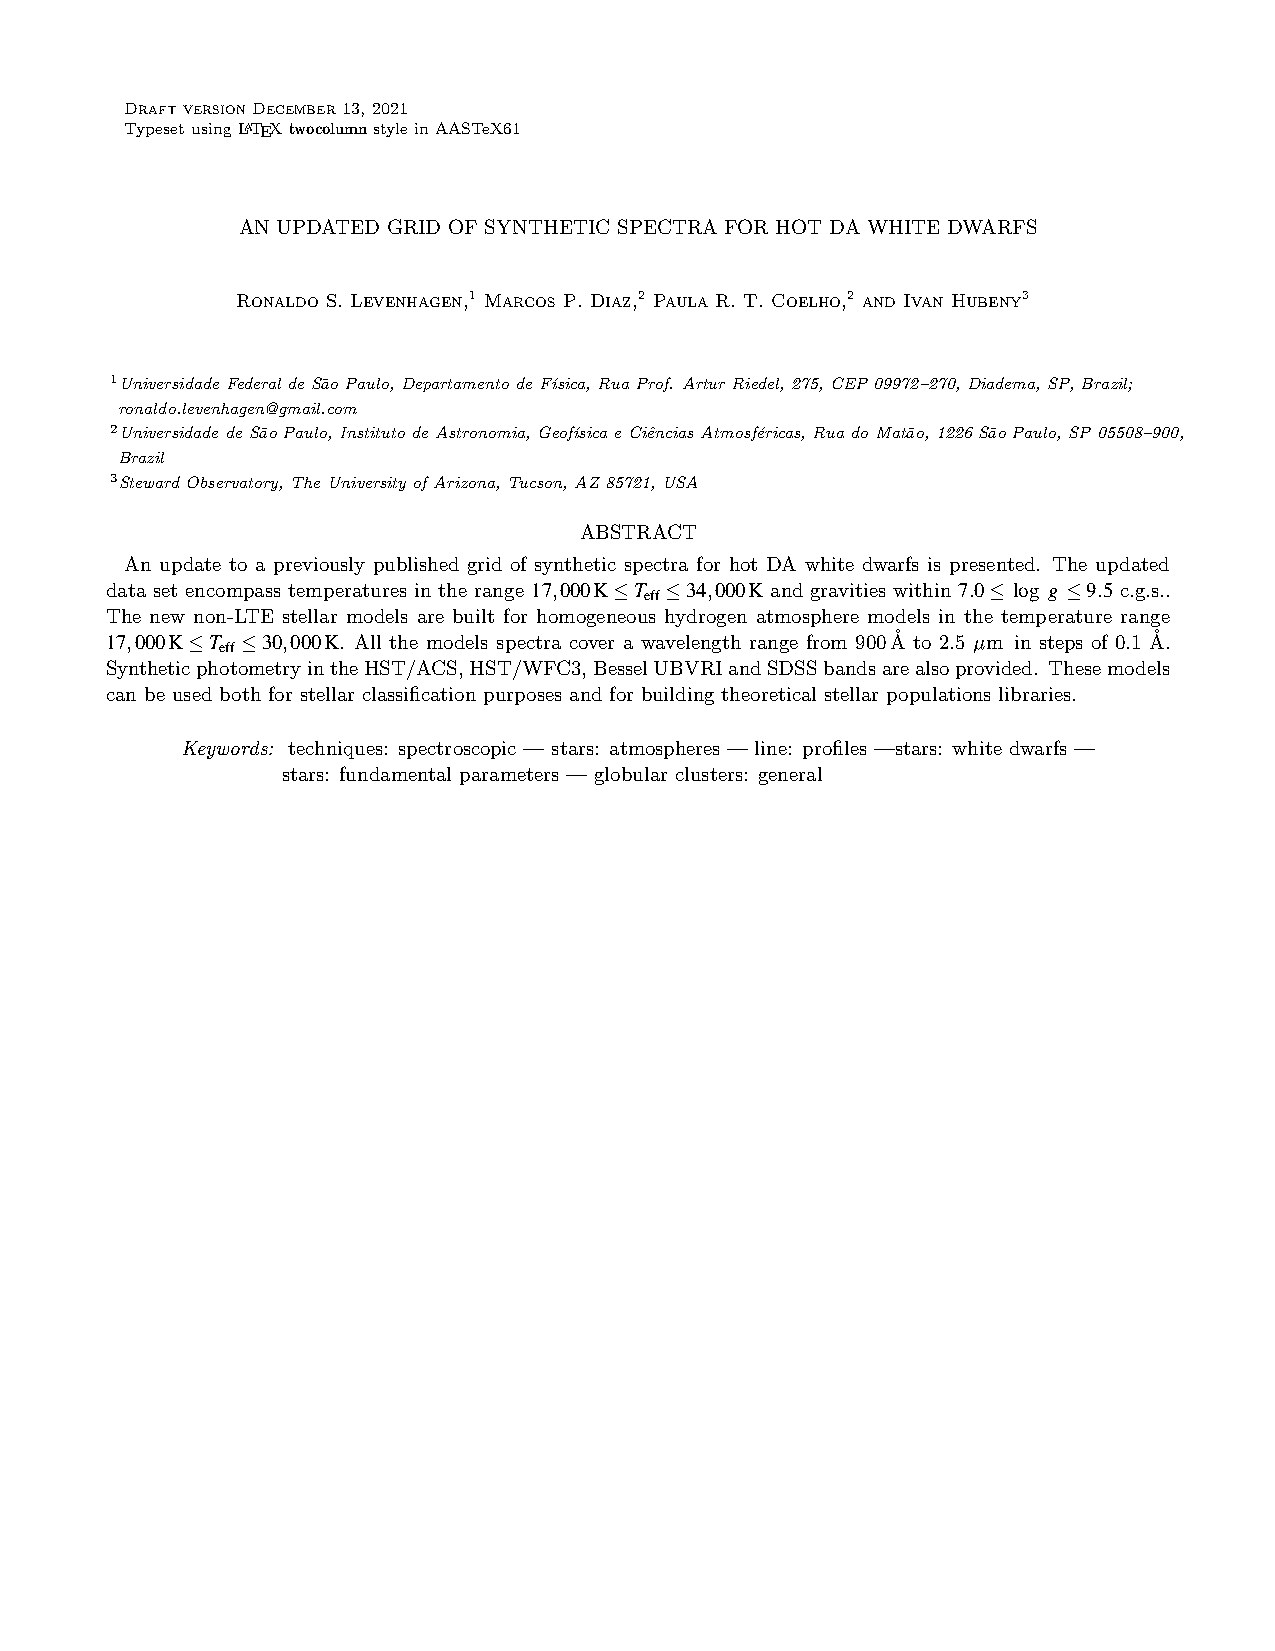
Draft versionDecember 13, 2021
 TypesetusingLATEXtwocolumnstyleinAASTeX61
 AN UPDATED GRID OF SYNTHETIC SPECTRA FOR HOT DA WHITE DWARFS
 Ronaldo S. Levenhagen,1 Marcos P. Diaz,2 Paula R. T. Coelho,2 and Ivan Hubeny3
 1Universidade Federal de Sa˜o Paulo, Departamento de F´ısica, Rua Prof. Artur Riedel, 275, CEP 09972–270, Diadema, SP, Brazil;
 ronaldo.levenhagen@gmail.com
 2Universidade de Sa˜o Paulo, Instituto de Astronomia, Geof´ısica e Ciˆencias Atmosf´ericas, Rua do Mata˜o, 1226 Sa˜o Paulo, SP 05508–900,
 Brazil
 3Steward Observatory, The University of Arizona, Tucson, AZ 85721, USA
 ABSTRACT
 An update to a previously published grid of synthetic spectra for hot DA white dwarfs is presented. The updated
 data set encompass temperatures in the range 17,000K≤T ≤34,000K and gravities within 7.0≤ log g ≤9.5 c.g.s..
 eff
 The new non-LTE stellar models are built for homogeneous hydrogen atmosphere models in the temperature range
 17,000K≤T ≤30,000K. All the models spectra cover a wavelength range from 900˚A to 2.5 µm in steps of 0.1 ˚A.
 eff
 SyntheticphotometryintheHST/ACS,HST/WFC3,BesselUBVRIandSDSSbandsarealsoprovided. Thesemodels
 can be used both for stellar classification purposes and for building theoretical stellar populations libraries.
 Keywords: techniques: spectroscopic — stars: atmospheres — line: profiles —stars: white dwarfs —
 stars: fundamental parameters — globular clusters: general